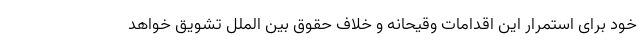
خود برای استمرار این اقدامات وقیحانه و خلاف حقوق بین الملل تشویق خواهد